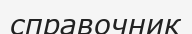
справочник